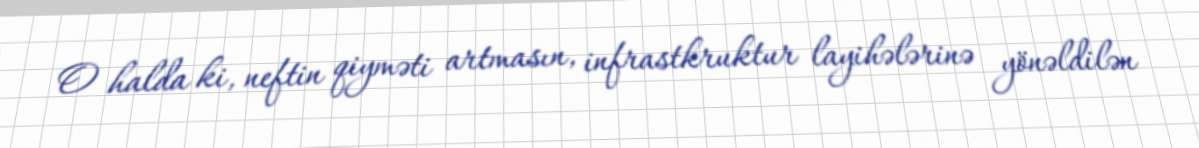
O halda ki, neftin qiyməti artmasın, infrastkruktur layihələrinə yönəldilən